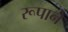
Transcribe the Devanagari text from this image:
रूपानें